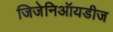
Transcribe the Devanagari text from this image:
जिजेनिऑयडीज